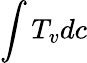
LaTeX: \int T_{v}dc